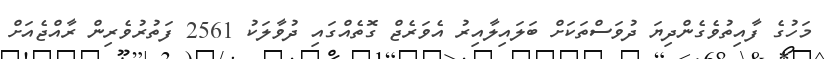
މަހުގެ ފާއިތުވެގެންދިޔަ ދުވަސްތަކަށް ބަލައިލާއިރު އެވަރެޖް ގޮތެއްގައި ދުވާލަކު 2561 ފަތުރުވެރިން ރާއްޖެއަށް